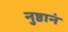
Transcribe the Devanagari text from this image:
नुष्ठानं